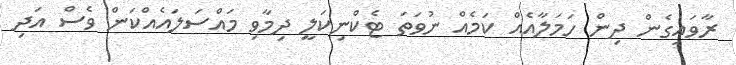
ރާވައިގެން ދިން ހަމަލާއެއް ކަމެއް ނުވަތަ ޓެކްނިކަލީ ދިމާވި މައްސަލައެއްކަން ވެސް އަދި